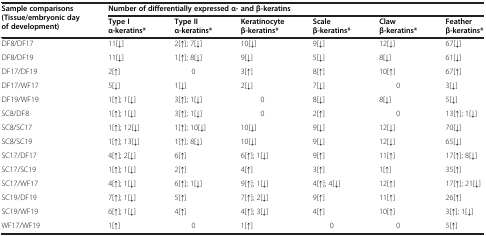
<table><thead><tr><td rowspan="2"><b>Sample comparisons (Tissue/embryonic day of development)</b></td><td colspan="6"><b>Number of differentially expressed α- and β-keratins</b></td></tr><tr><td><b>Type I α-keratins*</b></td><td><b>Type II α-keratins*</b></td><td><b>Keratinocyte β-keratins*</b></td><td><b>Scale β-keratins*</b></td><td><b>Claw β-keratins*</b></td><td><b>Feather β-keratins*</b></td></tr></thead><tbody><tr><td>DF8/DF17</td><td>11[↓]</td><td>2[↑]; 7[↓]</td><td>10[↓]</td><td>9[↓]</td><td>12[↓]</td><td>67[↓]</td></tr><tr><td>DF8/DF19</td><td>11[↓]</td><td>1[↑]; 8[↓]</td><td>9[↓]</td><td>5[↓]</td><td>8[↓]</td><td>61[↓]</td></tr><tr><td>DF17/DF19</td><td>2[↑]</td><td>0</td><td>3[↑]</td><td>8[↑]</td><td>10[↑]</td><td>67[↑]</td></tr><tr><td>DF17/WF17</td><td>5[↓]</td><td>1[↓]</td><td>2[↓]</td><td>7[↓]</td><td>0</td><td>3[↓]</td></tr><tr><td>DF19/WF19</td><td>1[↑]; 1[↓]</td><td>3[↑]; 1[↓]</td><td>0</td><td>8[↓]</td><td>8[↓]</td><td>5[↓]</td></tr><tr><td>SC8/DF8</td><td>1[↑]; 1[↓]</td><td>3[↑]; 1[↓]</td><td>0</td><td>2[↑]</td><td>0</td><td>13[↑]; 1[↓]</td></tr><tr><td>SC8/SC17</td><td>1[↑]; 12[↓]</td><td>1[↑]; 10[↓]</td><td>10[↓]</td><td>9[↓]</td><td>12[↓]</td><td>70[↓]</td></tr><tr><td>SC8/SC19</td><td>1[↑]; 13[↓]</td><td>1[↑]; 8[↓]</td><td>10[↓]</td><td>9[↓]</td><td>12[↓]</td><td>65[↓]</td></tr><tr><td>SC17/DF17</td><td>4[↑]; 2[↓]</td><td>6[↑]</td><td>6[↑]; 1[↓]</td><td>9[↑]</td><td>11[↑]</td><td>17[↑]; 8[↓]</td></tr><tr><td>SC17/SC19</td><td>1[↑]; 1[↓]</td><td>2[↑]</td><td>4[↑]</td><td>3[↑]</td><td>1[↑]</td><td>35[↑]</td></tr><tr><td>SC17/WF17</td><td>4[↑]; 1[↓]</td><td>6[↑]; 1[↓]</td><td>9[↑]; 1[↓]</td><td>4[↑]; 4[↓]</td><td>12[↑]</td><td>17[↑]; 21[↓]</td></tr><tr><td>SC19/DF19</td><td>7[↑]; 1[↓]</td><td>5[↑]</td><td>7[↑]; 2[↓]</td><td>9[↑]</td><td>11[↑]</td><td>26[↑]</td></tr><tr><td>SC19/WF19</td><td>6[↑]; 1[↓]</td><td>4[↑]</td><td>4[↑]; 3[↓]</td><td>4[↑]</td><td>10[↑]</td><td>3[↑]; 1[↓]</td></tr><tr><td>WF17/WF19</td><td>1[↑]</td><td>0</td><td>1[↑]</td><td>0</td><td>0</td><td>5[↑]</td></tr></tbody></table>